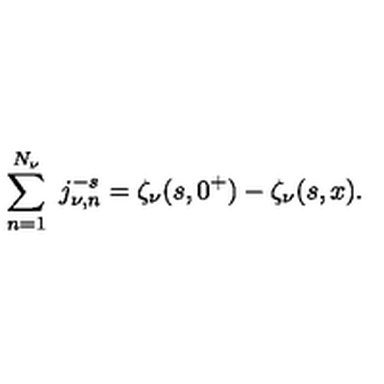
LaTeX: \sum _ { n = 1 } ^ { N _ { \nu } } \ j _ { \nu , n } ^ { - s } = \zeta _ { \nu } ( s , 0 ^ { + } ) - \zeta _ { \nu } ( s , x ) .